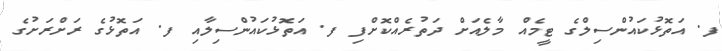
ފ. އަތޮޅުކައުންސިލްގެ ޓީމެއް މާލެއަށް ދަތުރެއްކޮށްފި ފ. އަތޮޅުކައުންސިލާއި ފ. އަތޮޅުގެ ރަށްރަށުގެ